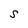
Character: s